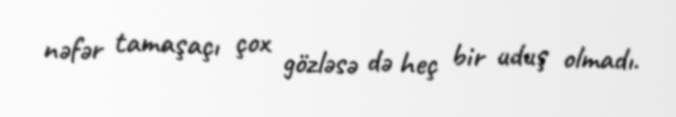
nəfər tamaşaçı çox gözləsə də heç bir uduş olmadı.